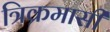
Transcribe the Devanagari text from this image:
त्रिक्रमासी